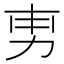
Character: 𭄡